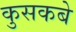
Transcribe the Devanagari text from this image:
कुसकबे